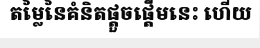
តម្លៃនៃគំនិតផ្តួចផ្តើមនេះ ហើយ